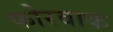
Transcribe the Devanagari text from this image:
फोरवाक